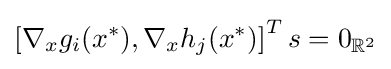
\left[\nabla _{x}g_{i}(x^{*}),\nabla _{x}h_{j}(x^{*})\right]^{T}s=0_{\mathbb {R} ^{2}}